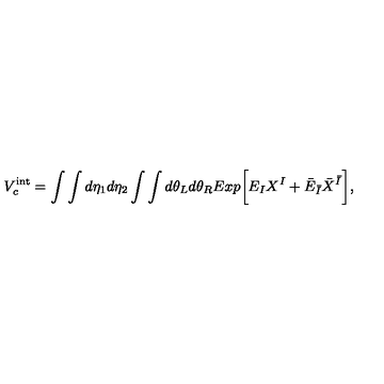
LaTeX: V _ { c } ^ { \mathrm { i n t } } = \int \int d \eta _ { 1 } d \eta _ { 2 } \int \int d \theta _ { L } d \theta _ { R } E x p \biggl [ E _ { I } X ^ { I } + { \bar { E } } _ { \bar { I } } { \bar { X } } ^ { \bar { I } } \biggr ] ,